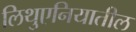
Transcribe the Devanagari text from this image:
लिथुएनियातील